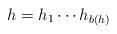
LaTeX: \begin{align*} h=h_1\cdots h_{b(h)}\end{align*}